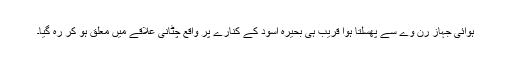
ہوائی جہاز رن وے سے پھسلتا ہوا قریب ہی بحیرہ اسود کے کنارے پر واقع چٹانی علاقے میں معلق ہو کر رہ گیا۔